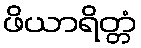
ဖိယာရိတ္တံ